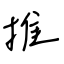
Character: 推